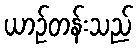
ယာဉ်တန်းသည်